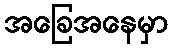
အခြေအနေမှာ